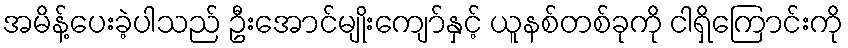
အမိန့်ပေးခဲ့ပါသည် ဦးအောင်မျိုးကျော်နှင့် ယူနစ်တစ်ခုကို ငါရှိကြောင်းကို